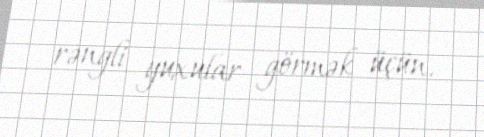
rəngli yuxular görmək üçün.